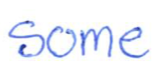
Text: some
Cross-out: clean
Writing tool: ballpoint